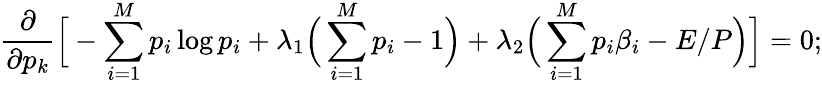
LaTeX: \frac{\partial}{\partial p_{k}}\Big[-\sum_{i=1}^{M}p_{i}\log p_{i}+\lambda_{1}\Big(\sum_{i=1}^{M}p_{i}-1\Big)+\lambda_{2}\Big(\sum_{i=1}^{M}p_{i}\beta_{i}-E/P\Big)\Big]=0;